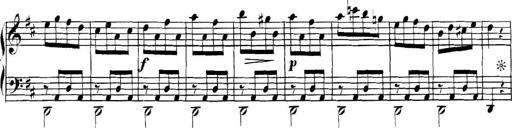
Title: Collected Piano Sonatas
Composer: Muzio Clementi